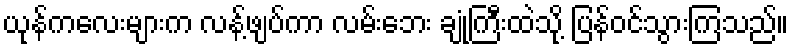
ယုန်ကလေးများက လန့်ဖျပ်ကာ လမ်းဘေး ချုံကြီးထဲသို့ ပြန်ဝင်သွားကြသည်။